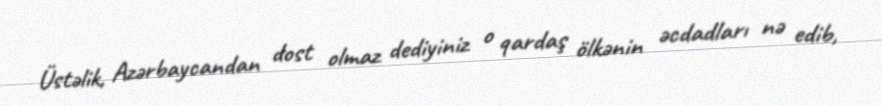
Üstəlik, Azərbaycandan dost olmaz dediyiniz o qardaş ölkənin əcdadları nə edib,